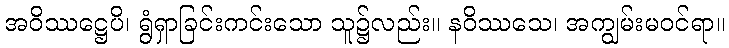
အဝိဿဋ္ဌေပိ၊ ရွံရှာခြင်းကင်းသော သူ၌လည်း။ နဝိဿသေ၊ အကျွမ်းမဝင်ရာ။